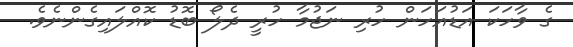
ގެ ވާހަކަ އަޑުއަހަން ހުރި ނަޖުމާ ހުރީ ދެލޯ ބޮޑު ކޮއްލައިގެންނެވެ.